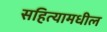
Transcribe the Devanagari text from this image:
सहित्यामधील